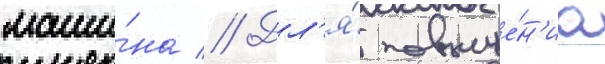
маши́на // Дл'я́ повыше́н'иа